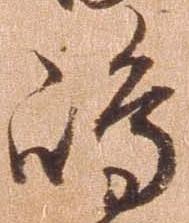
島